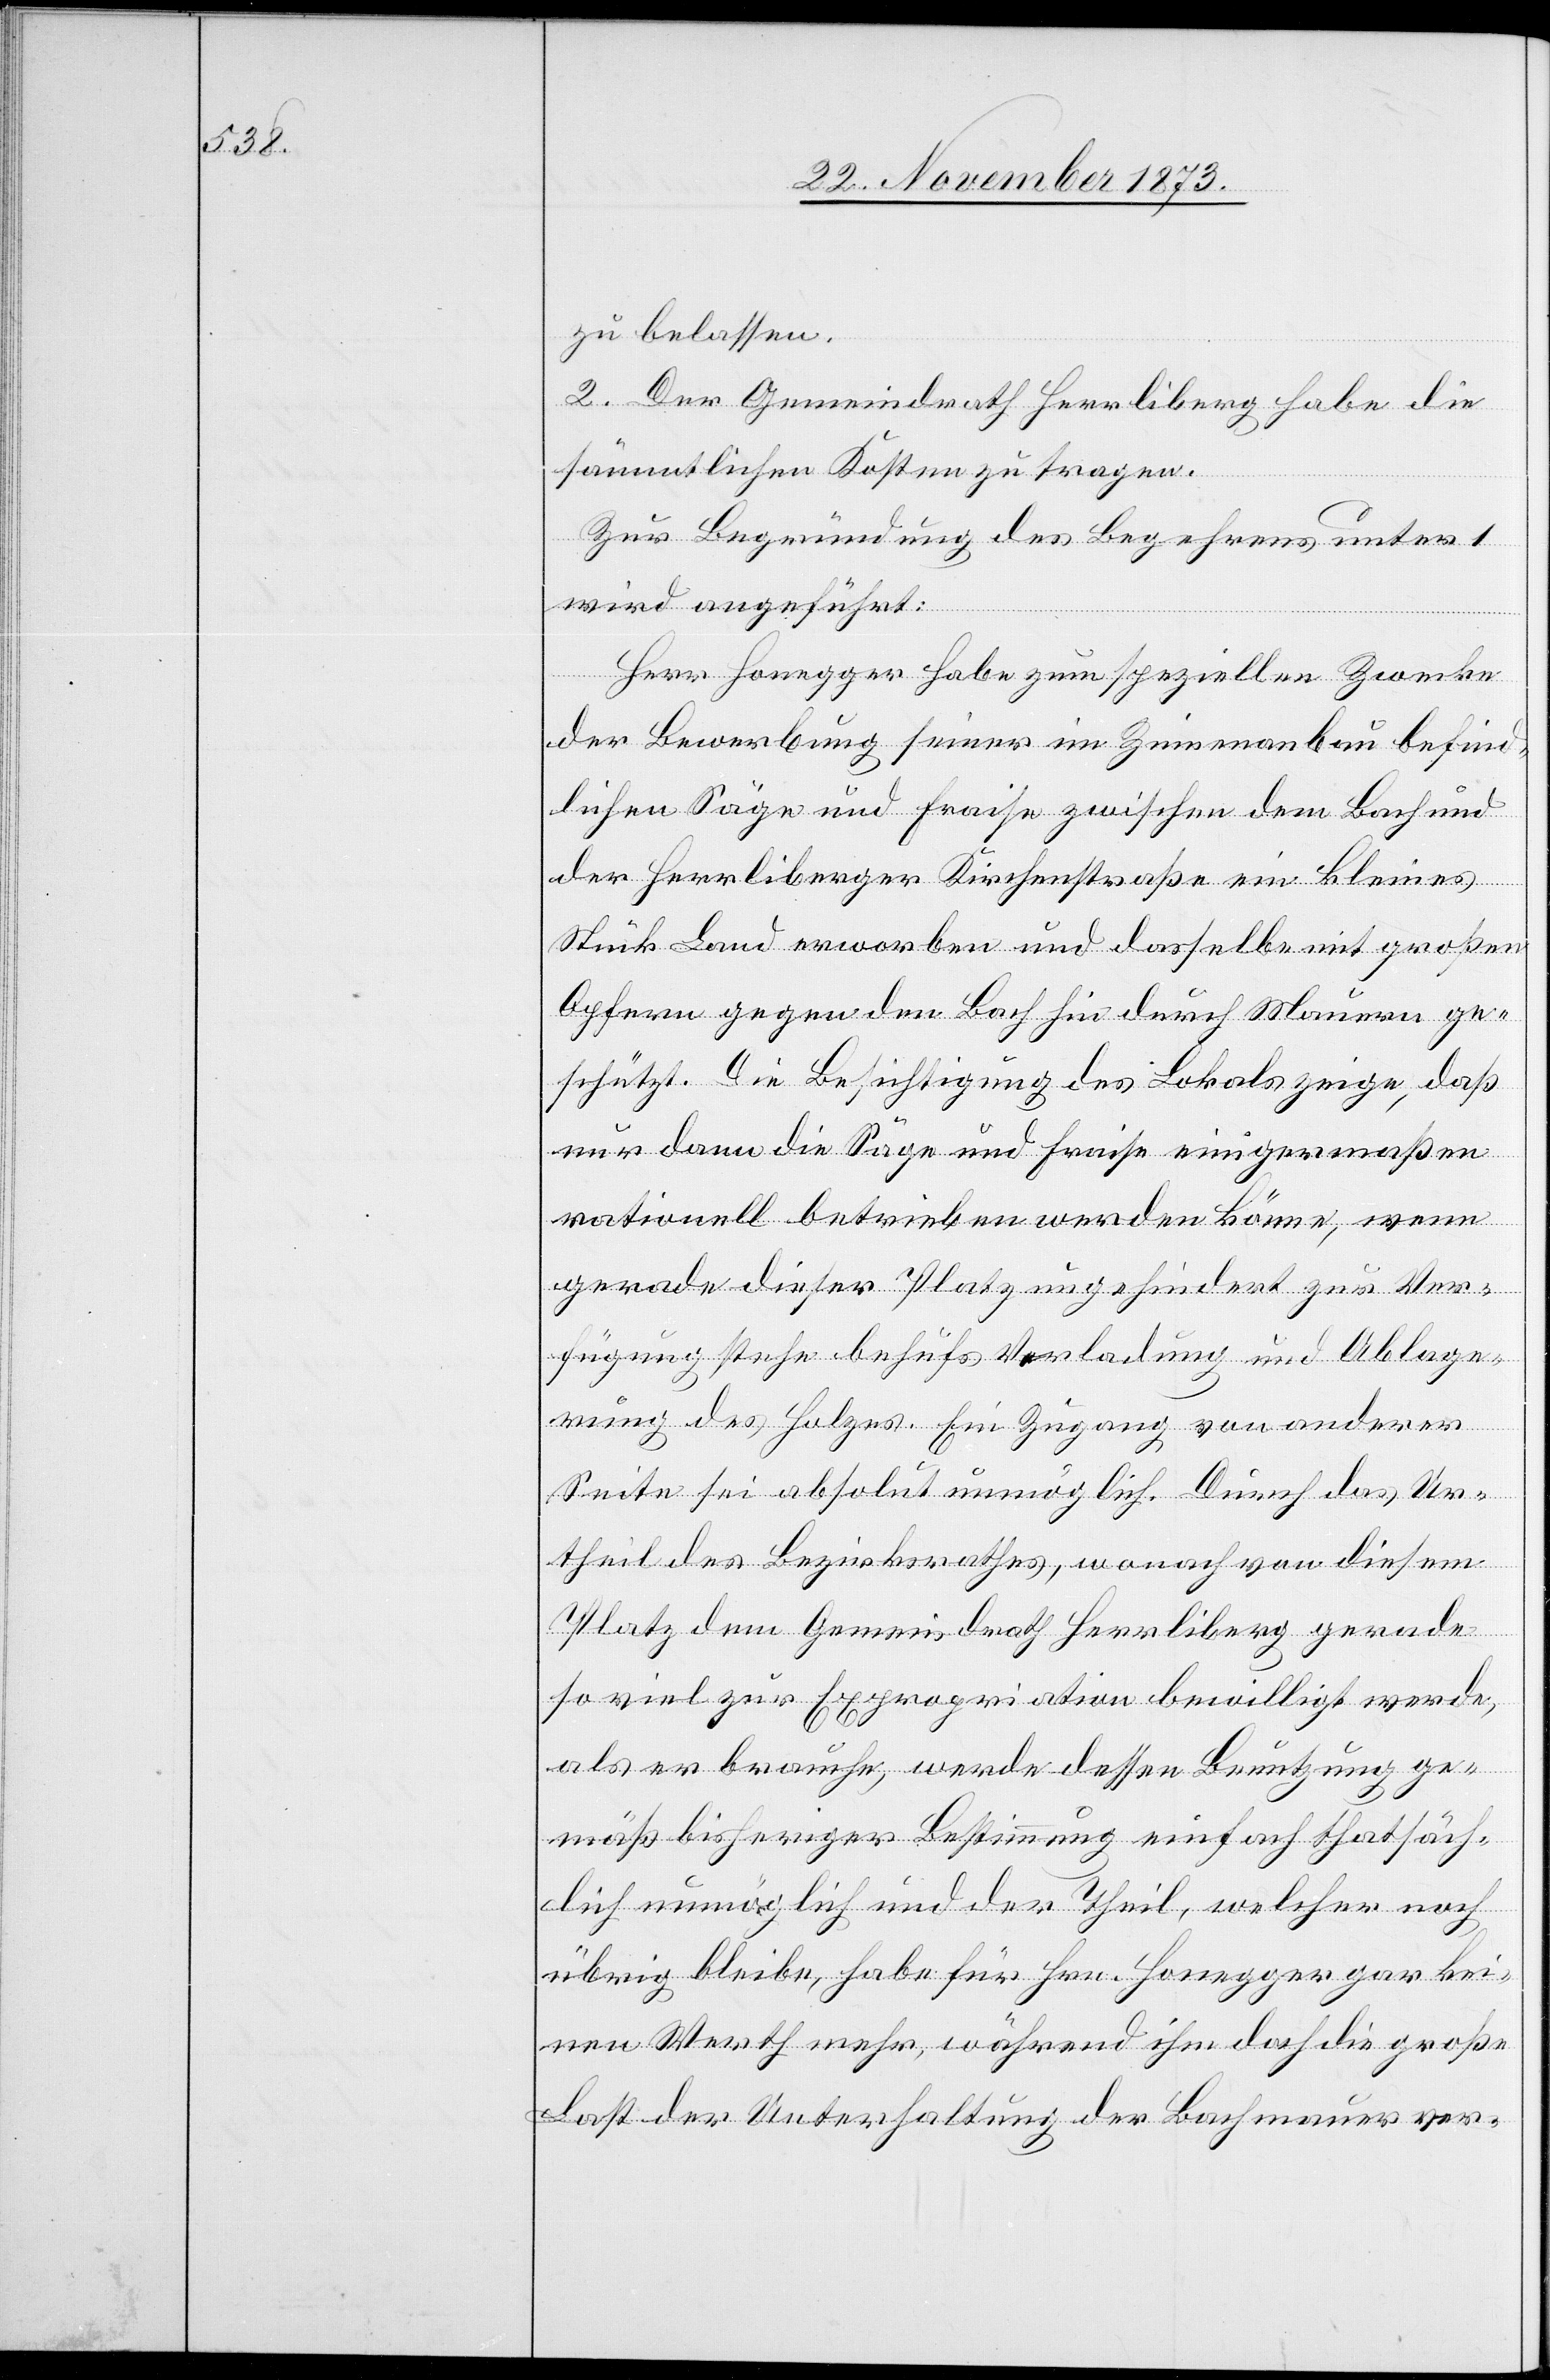
zu belassen.
2. Der Gemeindrath Herrliberg habe die
sämmtlichen Kosten zu tragen.
Zur Begründung des Begehrens unter 1
wird angeführt:
Herr Honegger habe zum speziellen Zwecke
der Bewerbung seiner im Zinnenanbau befind¬
lichen Säge und Fraise zwischen dem Bach und
der Herrliberger Kirchenstraße ein kleines
Stück Land erworben und dasselbe mit großen
Opfern gegen den Bach hin durch Mauern ge¬
schützt. Die Besichtigung des Lokals zeige, daß
nur dann die Säge und Fraise einigermaßen
rationell betrieben werden könne [sic!], wenn
gerade dieser Platz ungehindert zur Ver¬
fügung stehe behufs Verladung und Ablage¬
rung des Holzes. Ein Zugang von anderer
Seite sei absolut unmöglich. Durch das Ur¬
theil des Bezirksrathes, wonach von diesem
Platz dem Gemeindrath Herrliberg gerade
so viel zur Expropriation bewilligt werde,
als er brauche, werde dessen Benutzung ge¬
mäß bisheriger Bestimmung einfach thatsäch¬
lich unmöglich und der Theil, welcher noch
übrig bleibe, habe für Hrn. Honegger gar kei¬
nen Werth mehr, während ihm doch die große
Last der Unterhaltung der Bachmauer ver-